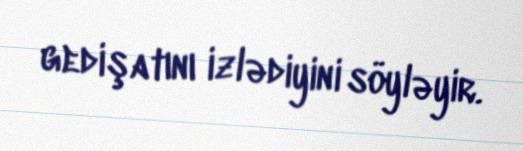
gedişatını izlədiyini söyləyir.